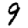
Digit: 9